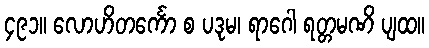
၄၉၁။ လောဟိတင်္ကော စ ပဒုမ၊ ရာဂေါ ရတ္တမဏိ ပျထ။